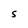
Character: s